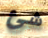
شئ